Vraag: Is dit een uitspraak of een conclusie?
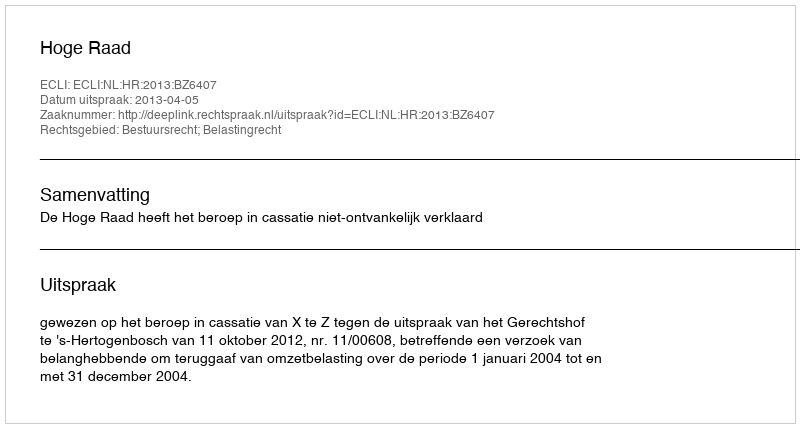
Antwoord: Uitspraak